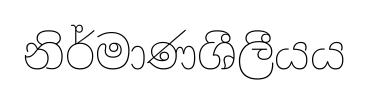
නිර්මාණශීලීයය